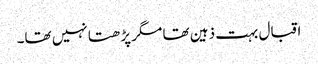
اقبال بہت ذہین تھا مگر پڑھتا نہیں تھا۔